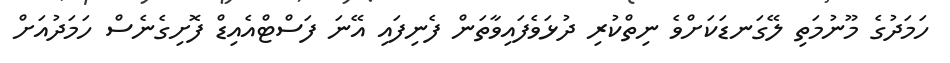
ހަމަދުގެ މޫނުމަތި ލޭގަނޑަކަށްވެ ނިތްކުރި ދުޅަވެފައިވާތަން ފެނިފައި އޭނަ ފަސްޓްއެއިޑް ފޮށިގެނެސް ހަމަދުއަށް